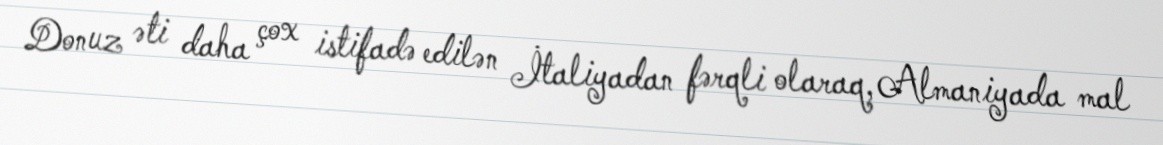
Donuz əti daha çox istifadə edilən İtaliyadan fərqli olaraq, Almaniyada mal